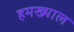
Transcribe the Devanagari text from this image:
हमख्याल